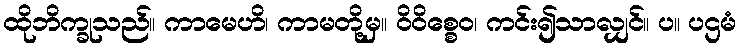
ထိုဘိက္ခုသည်။ ကာမေဟိ၊ ကာမတို့မှ။ ဝိဝိစ္စေဝ၊ ကင်း၍သာလျှင်။ ပ။ ပဌမံ